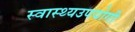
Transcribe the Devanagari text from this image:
स्वास्थ्यउपयोगी